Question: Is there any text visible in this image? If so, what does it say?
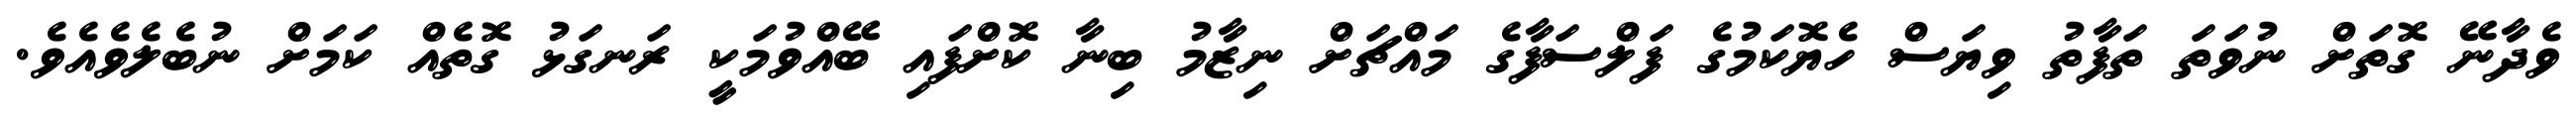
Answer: ވެދާނޭ ގޮތަށް ނުވަތަ ތަފާތު ވިޔަސް ހެޔޮކަމުގެ ފަލްސަފާގެ މައްޗަށް ނިޒާމު ބިނާ ކޮށްފައި ބޭއްވުމަކީ ރަނގަޅު ގޮތެއް ކަމަށް ނުބެލެވެއެވެ.